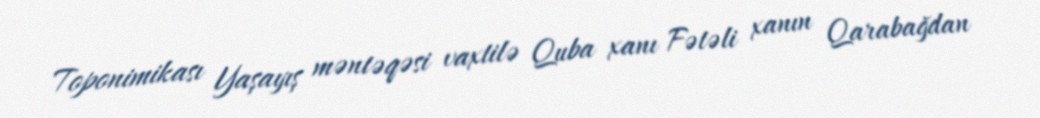
Toponimikası Yaşayış məntəqəsi vaxtilə Quba xanı Fətəli xanın Qarabağdan